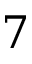
7